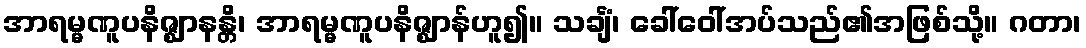
အာရမ္မဏူပနိဇ္ဈာနန္တိ၊ အာရမ္မဏူပနိဇ္ဈာန်ဟူ၍။ သင်္ချံ၊ ခေါ်ဝေါ်အပ်သည်၏အဖြစ်သို့။ ဂတာ၊